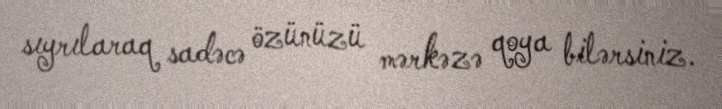
sıyrılaraq sadəcə özünüzü mərkəzə qoya bilərsiniz.